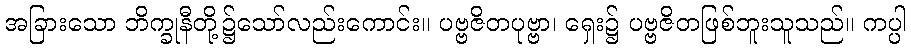
အခြားသော ဘိက္ခုနီတို့၌သော်လည်းကောင်း။ ပဗ္ဗဇိတပုဗ္ဗာ၊ ရှေး၌ ပဗ္ဗဇိတဖြစ်ဘူးသူသည်။ ကပ္ပါ